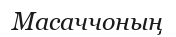
Масаччоның